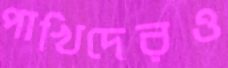
পাখিদেরও